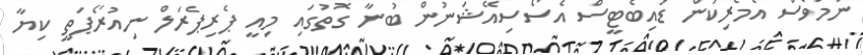
ނަމަވެސް އެމެރިކަން ޑައިބެޓީސް އެސޯސިއޭޝަނުން ބުނާ ގޮތުގައި މިއީ ޕެރިޕެރަލް ނިއުރޯޕަތީ ކިޔާ